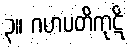
၃။ ဂဟပတိကုဋိ